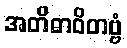
အတိဓာဝိတဗ္ဗံ